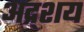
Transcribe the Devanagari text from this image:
अद्र्शय